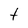
Character: t